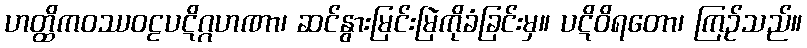
ဟတ္ထိကဝဿဝဠပဋိဂ္ဂဟဏာ၊ ဆင်နွားမြင်းမြဲကိုခံခြင်းမှ။ ပဋိဝိရတော၊ ကြဉ်သည်။